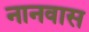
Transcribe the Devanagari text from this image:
नानवास